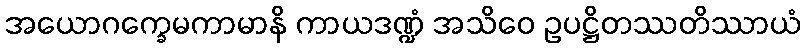
အယောဂက္ခေမကာမာနိ ကာယဒဏ္ဍံ အသိဝေ ဥပဋ္ဌိတဿတိဿာယံ